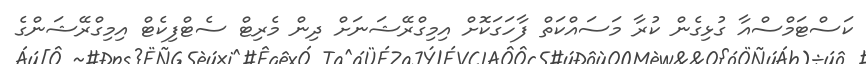
ކަސްޓަމްސްއާ ގުޅިގެން ކުރާ މަސައްކަތް ފާހަގަކޮށް އިމިގްރޭޝަނަށް ދިން މެރިޓް ސެޓްފިކެޓް އިމިގްރޭޝަންގެ